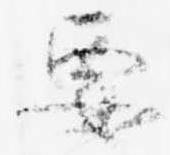
要